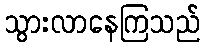
သွားလာနေကြသည်